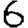
Digit: 6